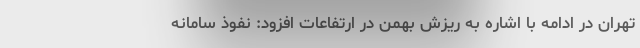
تهران در ادامه با اشاره به ریزش بهمن در ارتفاعات افزود: نفوذ سامانه